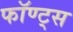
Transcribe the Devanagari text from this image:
फॉण्ट्स